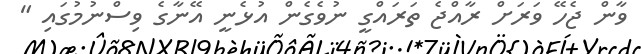
ވާން ޖެހޭ ވަރަށް ރާއްޖެ ތަރައްގީ ނުވެގެން އުޅެނީ އޭނާގެ ވިސްނުމުގައި "